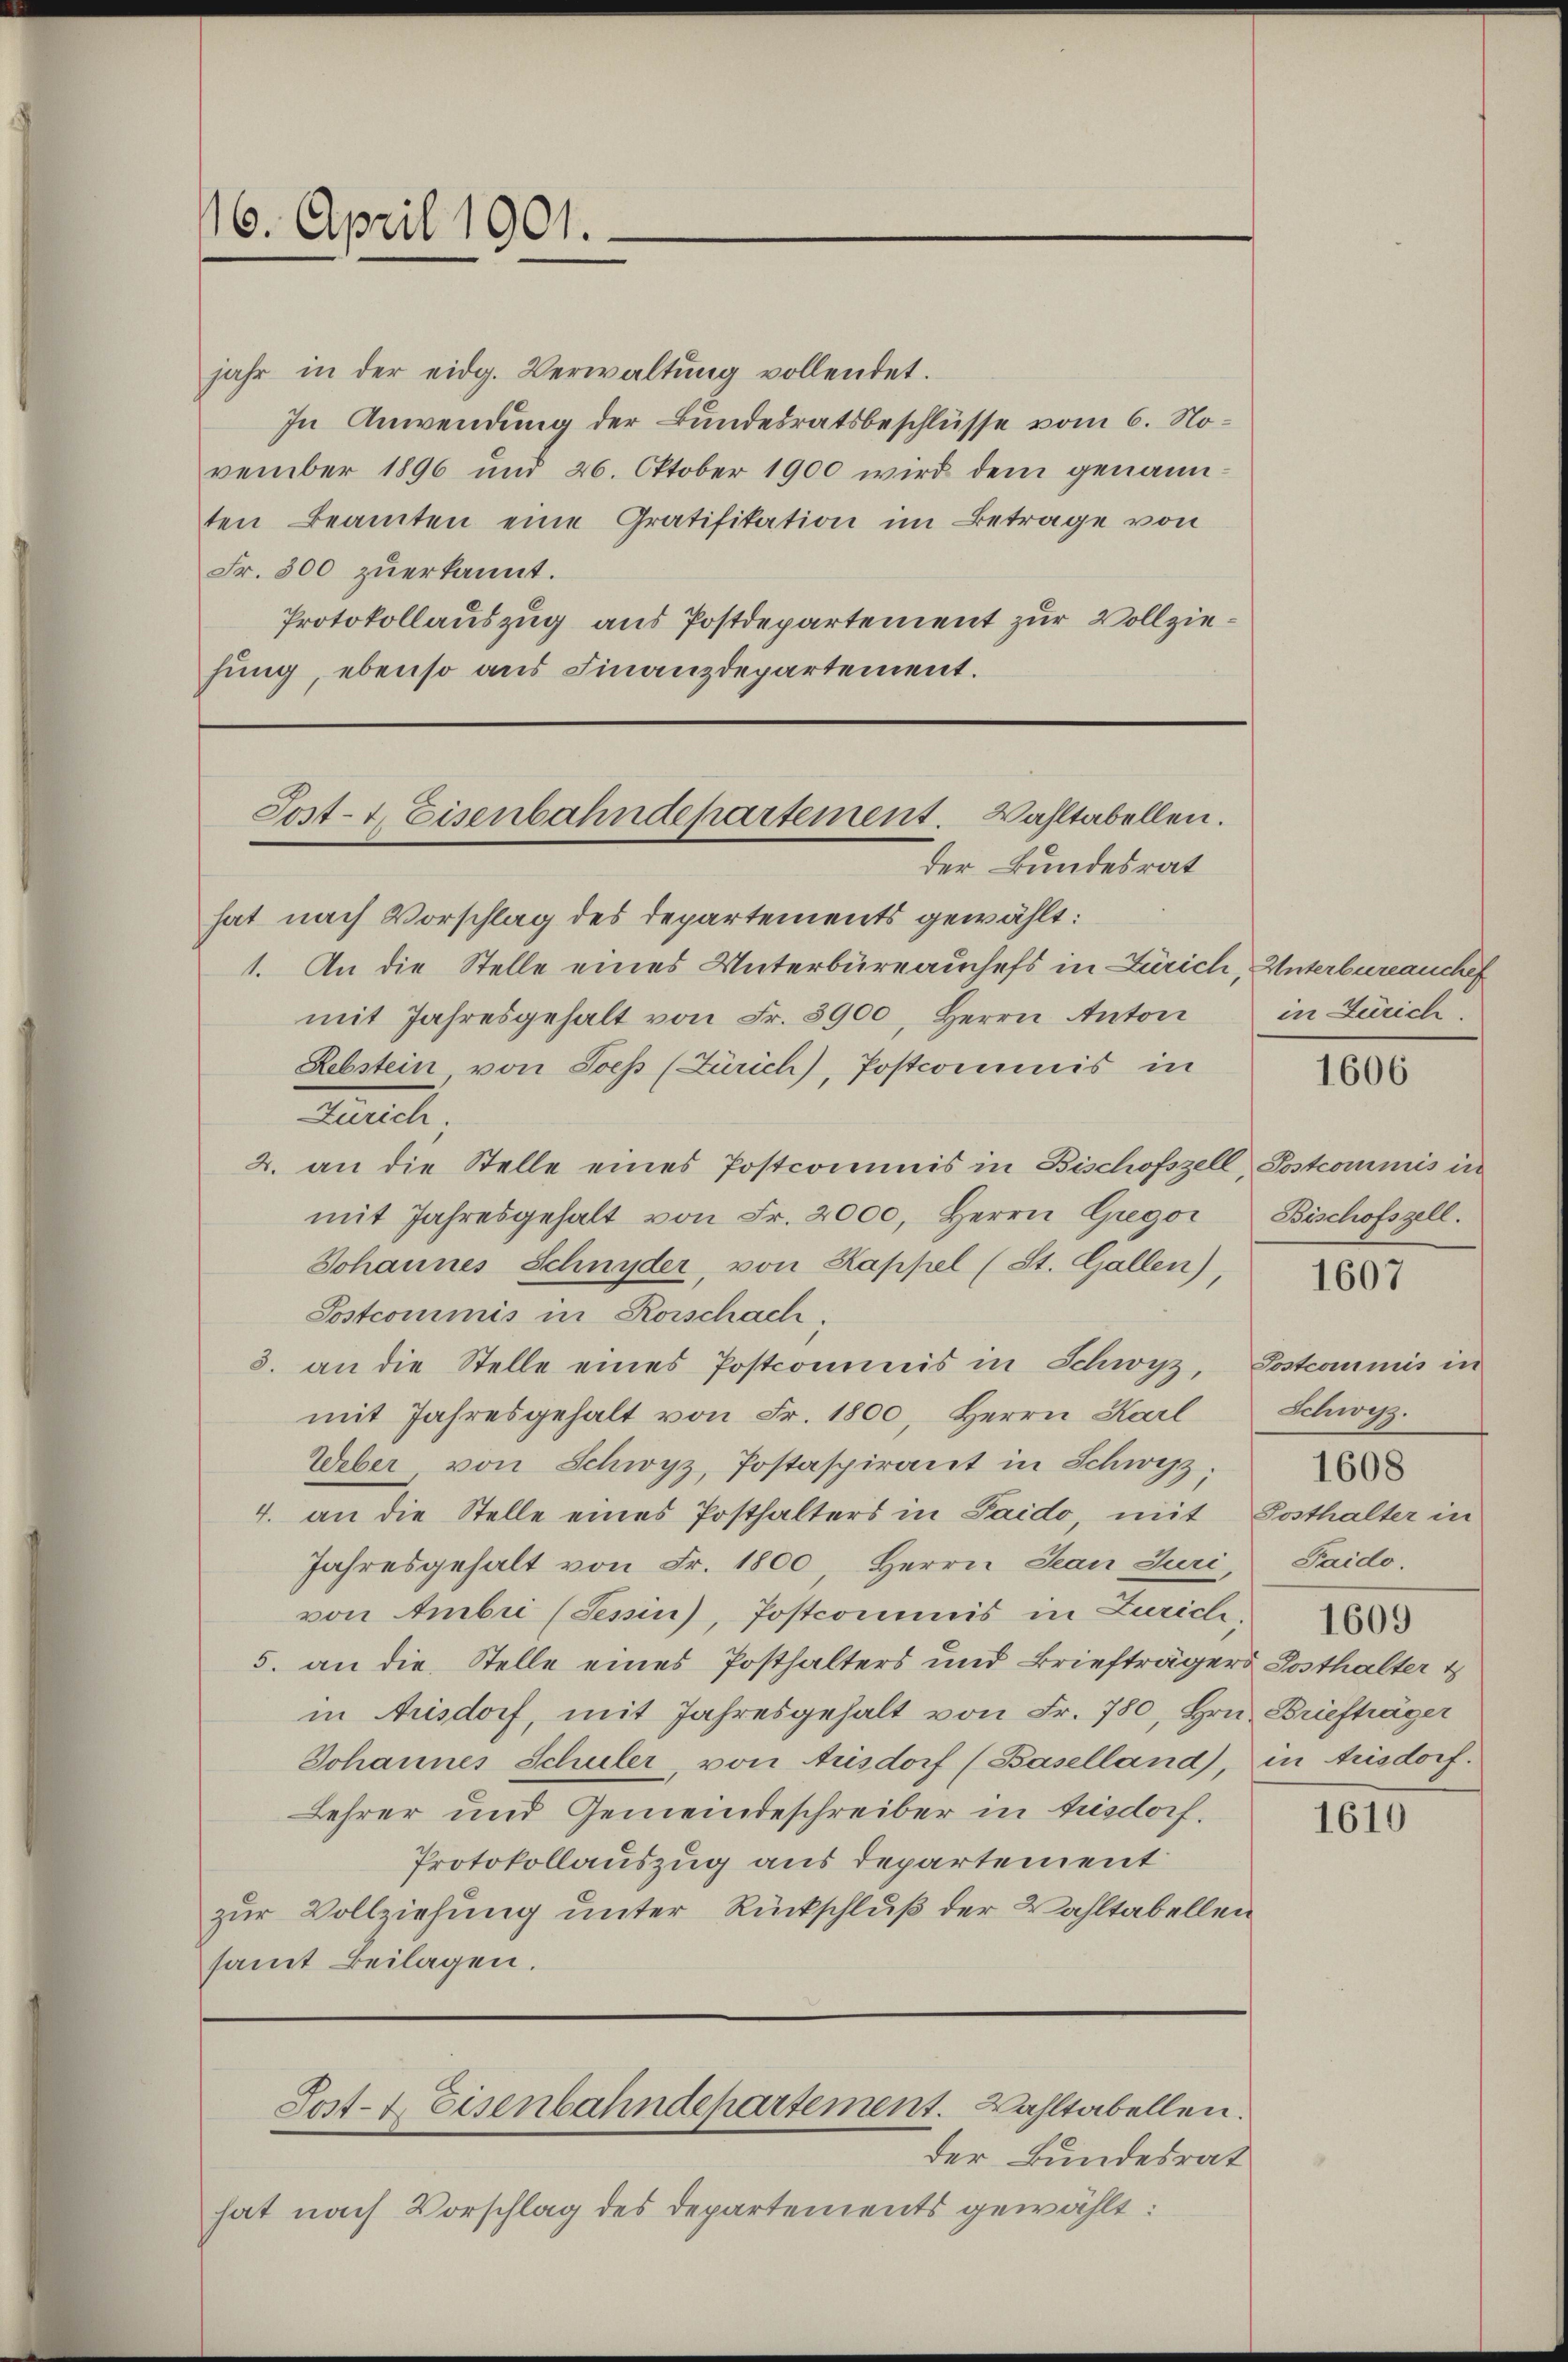
16. April 1901.

jahr in der eidg. Verwaltŭng vollendet.
In Anwendung der Bundesratsbeschlüsse vom 6. November 1896 und 26. Oktober 1900 wird dem genannten Beamten eine Gratifikation im Betrage von
Fr. 300 zŭerkannt.
Protokollauszug aus Postdepartement zur Vollziehung, ebenso aus Finanzdepartement.

Sost- & Eisenbahndepartement. Wahltabellen.

Sost- & Eisenbahndepartement. Wahltabellen.

der Bundesrat
hat nach Vorschlag des Departements gewählt:
1. An die Stelle eines Unterbüreauschefs in Zürich, Unterbureauche
mit Jahresgehalt von Fr. 3900, Herrn Anton
Rebstein von Joch (Zürich), Postcommis in
ettel
2. an die Stelle eines Postcommis in Bischofszell, Postcommis in
mit Jahresgehalt von Fr. 2000, Herrn Gregor
Johannes Schnyder, von Kappel (St. Gallen)
Postcommis in Rorschach,
3. an die Stelle eines Postcommis in Schwyz, Postcommis in
mit Jahresgehalt von Fr. 1800, Herrn Karl
Weber von Schwyz, Postaspirant in Schwyz;
4. an die Stelle eines Posthalters in Laido, mit Posthalter in
Jahresgehalt von Fr. 1800, Herrn Jean Juri,
von Ambri (Sesin), Postcommis in Zürich,
5. an die Stelle eines Posthalters und Briefträgers Posthalter t
in Aisdorf, mit Jahresgehalt von Fr. 780, Hrn. Briefträger
Johannes Schuler, von Arisdorf (Baselland), in trisdorf.
Lehrer und Gemeindeschreiber in bisdorf.
Protokollauszug aus departement
zur Vollziehung unter Rückschluß der Wahltabellen
samt Beilagen.

in Zürich.

der Bundesrat
hat nach Vorschlag des Departements gewählt:

1606

Bischofszell.

1607

Schwyz.
Paido.
1609

1608

1610